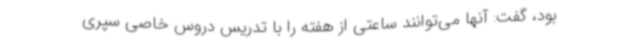
بود، گفت: آنها می‌توانند ساعتی از هفته را با تدریس دروس خاصی سپری